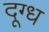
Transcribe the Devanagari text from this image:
दूग्ध